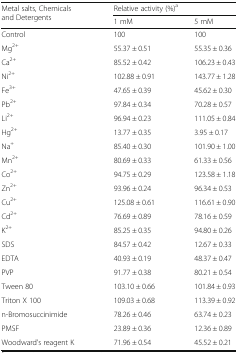
<table><thead><tr><td rowspan="2"><b>Metal salts, Chemicals and Detergents</b></td><td colspan="2"><b>Relative activity (%)<sup>a</sup></b></td></tr><tr><td><b>1 mM</b></td><td><b>5 mM</b></td></tr></thead><tbody><tr><td>Control</td><td>100</td><td>100</td></tr><tr><td>Mg<sup>2+</sup></td><td>55.37 ± 0.51</td><td>55.35 ± 0.36</td></tr><tr><td>Ca<sup>2+</sup></td><td>85.52 ± 0.42</td><td>106.23 ± 0.43</td></tr><tr><td>Ni<sup>2+</sup></td><td>102.88 ± 0.91</td><td>143.77 ± 1.28</td></tr><tr><td>Fe<sup>3+</sup></td><td>47.65 ± 0.39</td><td>45.62 ± 0.30</td></tr><tr><td>Pb<sup>2+</sup></td><td>97.84 ± 0.34</td><td>70.28 ± 0.57</td></tr><tr><td>Li<sup>2+</sup></td><td>96.94 ± 0.23</td><td>111.05 ± 0.84</td></tr><tr><td>Hg<sup>2+</sup></td><td>13.77 ± 0.35</td><td>3.95 ± 0.17</td></tr><tr><td>Na<sup>+</sup></td><td>85.40 ± 0.30</td><td>101.90 ± 1.00</td></tr><tr><td>Mn<sup>2+</sup></td><td>80.69 ± 0.33</td><td>61.33 ± 0.56</td></tr><tr><td>Co<sup>2+</sup></td><td>94.75 ± 0.29</td><td>123.58 ± 1.18</td></tr><tr><td>Zn<sup>2+</sup></td><td>93.96 ± 0.24</td><td>96.34 ± 0.53</td></tr><tr><td>Cu<sup>2+</sup></td><td>125.08 ± 0.61</td><td>116.61 ± 0.90</td></tr><tr><td>Cd<sup>2+</sup></td><td>76.69 ± 0.89</td><td>78.16 ± 0.59</td></tr><tr><td>K<sup>2+</sup></td><td>85.25 ± 0.35</td><td>94.80 ± 0.26</td></tr><tr><td>SDS</td><td>84.57 ± 0.42</td><td>12.67 ± 0.33</td></tr><tr><td>EDTA</td><td>40.93 ± 0.19</td><td>48.37 ± 0.47</td></tr><tr><td>PVP</td><td>91.77 ± 0.38</td><td>80.21 ± 0.54</td></tr><tr><td>Tween 80</td><td>103.10 ± 0.66</td><td>101.84 ± 0.93</td></tr><tr><td>Triton X 100</td><td>109.03 ± 0.68</td><td>113.39 ± 0.92</td></tr><tr><td>n-Bromosuccinimide</td><td>78.26 ± 0.46</td><td>63.74 ± 0.23</td></tr><tr><td>PMSF</td><td>23.89 ± 0.36</td><td>12.36 ± 0.89</td></tr><tr><td>Woodward’s reagent K</td><td>71.96 ± 0.54</td><td>45.52 ± 0.21</td></tr></tbody></table>